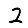
Digit: 2